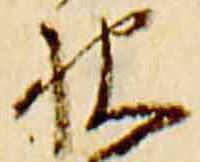
被